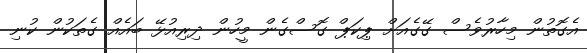
އެގޮތުން މިހާރުވެސް ގޭގެއަށް ޕިކަޕް ގޮސްގެން މީހުން ދިރިއުޅޭ ބައެއް ގެތަކުން ކުނި